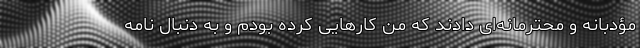
مؤدبانه و محترمانه‌ای دادند که من کارهایی کرده بودم و به دنبال نامه